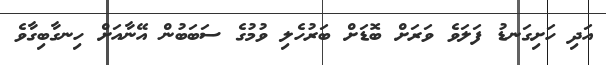
އަދި ހަށިގަނޑު ފަލަވެ ވަރަށް ބޮޑަށް ބަރުހެލި ވުމުގެ ސަބަބުން އޭނާއަށް ހިނގާބިގާވެ